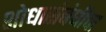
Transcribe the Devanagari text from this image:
शोधासंबंधीचा